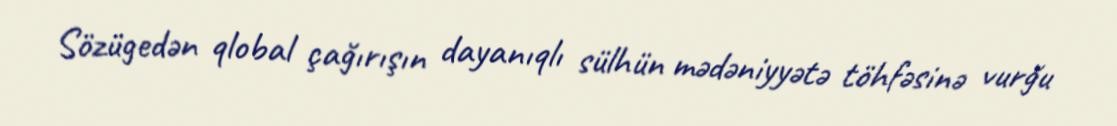
Sözügedən qlobal çağırışın dayanıqlı sülhün mədəniyyətə töhfəsinə vurğu